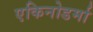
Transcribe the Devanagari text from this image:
एकिनोडर्मा